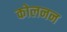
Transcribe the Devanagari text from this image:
कोलनन